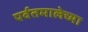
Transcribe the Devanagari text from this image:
पर्वतमालेच्या